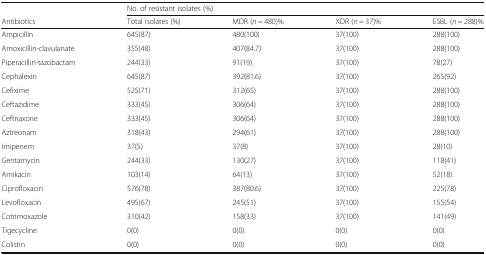
|  | <COLSPAN=4> No. of resistant isolates (%) |
 | Antibiotics | Total isolates (%) | MDR (n = 480)% | XDR (n = 37)% | ESBL (n = 288)% |
 | --- | --- | --- | --- | --- |
 | Ampicillin | 645(87) | 480(100) | 37(100) | 288(100) |
 | Amoxicillin-clavulanate | 355(48) | 407(84.7) | 37(100) | 288(100) |
 | Piperacillin-tazobactam | 244(33) | 91(19) | 37(100) | 78(27) |
 | Cephalexin | 645(87) | 392(81.6) | 37(100) | 265(92) |
 | Cefixime | 525(71) | 312(65) | 37(100) | 288(100) |
 | Ceftazidime | 333(45) | 306(64) | 37(100) | 288(100) |
 | Ceftriaxone | 333(45) | 306(64) | 37(100) | 288(100) |
 | Aztreonam | 318(43) | 294(61) | 37(100) | 288(100) |
 | Imipenem | 37(5) | 37(8) | 37(100) | 28(10) |
 | Gentamycin | 244(33) | 130(27) | 37(100) | 118(41) |
 | Amikacin | 103(14) | 64(13) | 37(100) | 52(18) |
 | Ciprofloxacin | 576(78) | 387(80.6) | 37(100) | 225(78) |
 | Levofloxacin | 495(67) | 245(51) | 37(100) | 155(54) |
 | Cotrimoxazole | 310(42) | 158(33) | 37(100) | 141(49) |
 | Tigecycline | 0(0) | 0(0) | 0(0) | 0(0) |
 | Colistin | 0(0) | 0(0) | 0(0) | 0(0) |